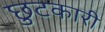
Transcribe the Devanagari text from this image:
छुटकारी